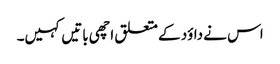
اس نے داؤد کے متعلق اچھی باتیں کہیں۔